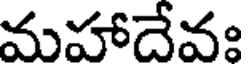
మహాదేవః